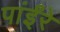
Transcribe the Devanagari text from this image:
पांईंरे